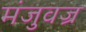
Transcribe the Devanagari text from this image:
मंजुवज्र